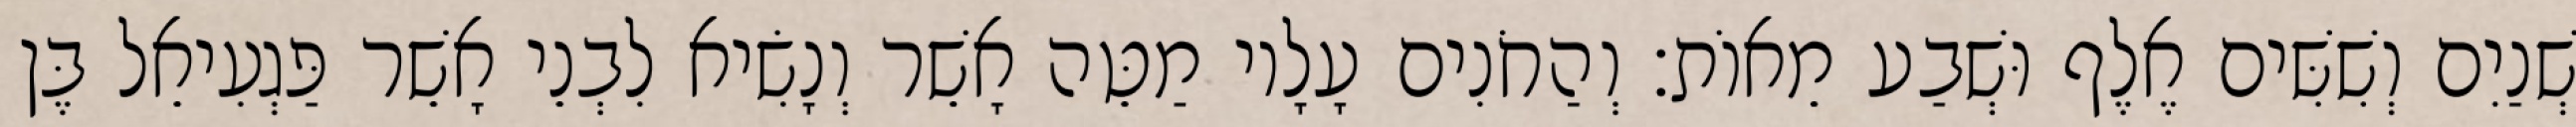
שְׁנַיִם וְשִׁשִּׁים אֶלֶף וּשְׁבַע מֵאוֹת׃ וְהַחֹנִים עָלָיו מַטֵּה אָשֵׁר וְנָשִׂיא לִבְנֵי אָשֵׁר פַּגְעִיאֵל בֶּן